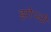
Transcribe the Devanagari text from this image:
झोप्ली